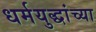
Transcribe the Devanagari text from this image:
धर्मयुद्धांच्या